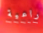
راعية